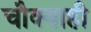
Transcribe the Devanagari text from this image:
चौक्याही